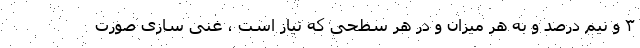
۳ و نیم درصد و به هر میزان و در هر سطحی که نیاز است ، غنی سازی صورت